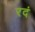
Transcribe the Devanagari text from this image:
रदं